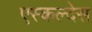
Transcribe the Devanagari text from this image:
एस्कल्देस